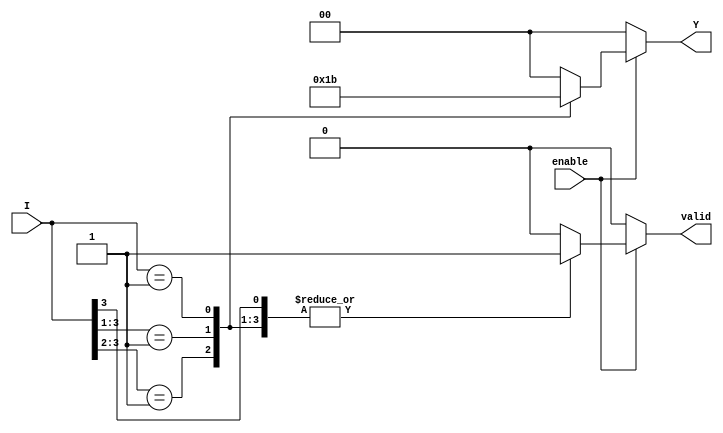
module priority_encoder (
    input wire [3:0] I,      // 4 input lines
    input wire enable,        // Enable signal
    output reg [1:0] Y,      // 2-bit output for the encoded value
    output reg valid          // Output valid signal
);

    always @(*) begin
        if (enable) begin
            casez (I) // casez allows for don't care conditions
                4'b1??? : begin // I0 is active
                    Y = 2'b00;
                    valid = 1'b1;
                end
                4'b01?? : begin // I1 is active
                    Y = 2'b01;
                    valid = 1'b1;
                end
                4'b001? : begin // I2 is active
                    Y = 2'b10;
                    valid = 1'b1;
                end
                4'b0001 : begin // I3 is active
                    Y = 2'b11;
                    valid = 1'b1;
                end
                default : begin // No inputs are active
                    Y = 2'b00; // Default output (can be defined as needed)
                    valid = 1'b0; // No valid output
                end
            endcase
        end else begin
            Y = 2'b00; // Default output when enable is low
            valid = 1'b0; // No valid output
        end
    end

endmodule